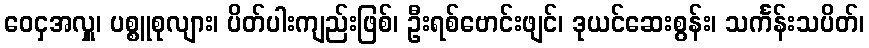
ဝေငှအလှူ၊ ပစ္စူစုလျား၊ ပိတ်ပါးကျည်းဖြစ်၊ ဦးရစ်ဗောင်းဖျင်၊ ဒုယင်ဆေးစွန်း၊ သင်္ကန်းသပိတ်၊